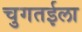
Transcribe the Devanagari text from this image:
चुगतईला